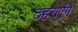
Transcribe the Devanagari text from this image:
ठहराएंगे